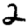
Digit: 2